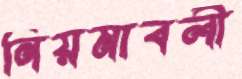
নিয়মাবলী